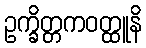
ဥက္ခိတ္တကဝတ္ထူနိ